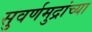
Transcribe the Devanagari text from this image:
सुवर्णमुद्रांच्या